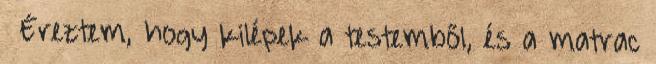
« Éreztem, hogy kilépek a testemből, és a matrac